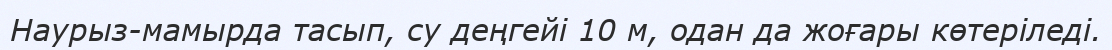
Наурыз-мамырда тасып, су деңгейі 10 м, одан да жоғары көтеріледі.